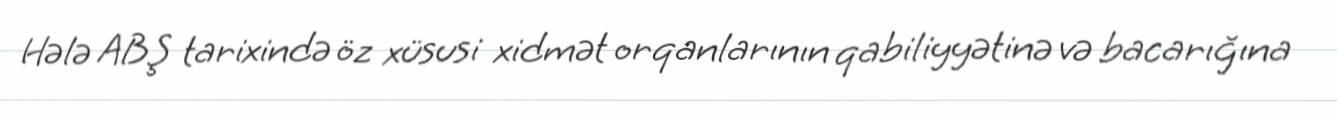
Hələ ABŞ tarixində öz xüsusi xidmət orqanlarının qabiliyyətinə və bacarığına